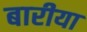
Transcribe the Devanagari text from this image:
बारीया